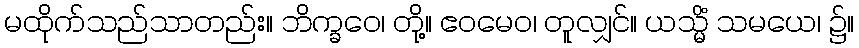
မထိုက်သည်သာတည်း။ ဘိက္ခဝေ၊ တို့။ ဧဝမေဝ၊ တူလျှင်။ ယသ္မိံ သမယေ၊ ၌။